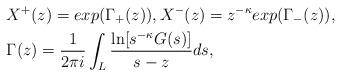
LaTeX: \begin{align*} &X^+(z)=exp(\Gamma_+(z)),X^-(z)=z^{-\kappa}exp(\Gamma_-(z)), \\ &\Gamma(z)=\frac{1}{2\pi i} \int_L \frac{\ln[s^{-\kappa}G(s)]}{s-z}ds, \end{align*}